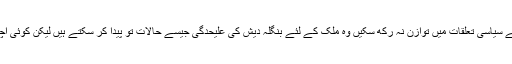
جو سیاسی پارٹیاں یا سیاستدان اپنے سیاسی تعلقات میں توازن نہ رکھ سکیں وہ ملک کے لئے بنگلہ دیش کی علیحدگی جیسے حالات تو پیدا کر سکتے ہیں لیکن کوئی اچھے دنوں کی نوید نہیں لا سکتے۔